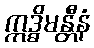
ဣဒ္ဓိမန္တီနံ